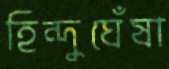
হিন্দুঘেঁষা